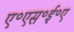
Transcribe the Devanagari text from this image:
ए॰एस॰ई॰ए